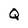
Character: Q